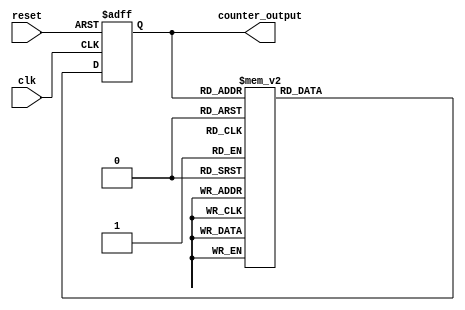
module gray_counter(
    input wire clk,
    input wire reset,
    output reg [3:0] counter_output
);

reg [3:0] current_state;
reg [3:0] next_state;

always @(posedge clk or posedge reset) begin
    if (reset) begin
        current_state <= 4'b0000;
    end else begin
        current_state <= next_state;
    end
end

always @(*) begin
    case (current_state)
        4'b0000: next_state = 4'b0001;
        4'b0001: next_state = 4'b0011;
        4'b0011: next_state = 4'b0010;
        4'b0010: next_state = 4'b0110;
        4'b0110: next_state = 4'b0111;
        4'b0111: next_state = 4'b0101;
        4'b0101: next_state = 4'b0100;
        4'b0100: next_state = 4'b1100;
        4'b1100: next_state = 4'b1101;
        4'b1101: next_state = 4'b1111;
        4'b1111: next_state = 4'b1110;
        4'b1110: next_state = 4'b1010;
        4'b1010: next_state = 4'b1011;
        4'b1011: next_state = 4'b1001;
        4'b1001: next_state = 4'b1000;
        4'b1000: next_state = 4'b0000;
        default: next_state = 4'b0000;
    endcase
end

assign counter_output = current_state;

endmodule